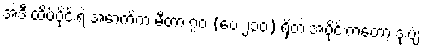
အဲဒီ ထိပ်ပိုင်းရဲ့ အောက်က မီတာ ၇၀ (ပေ ၂၃၀) ရှိတဲ့ အပိုင်းကတော့ ဒုံးပျံ